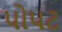
પોપટ